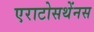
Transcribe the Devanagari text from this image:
एराटोसथेंनस